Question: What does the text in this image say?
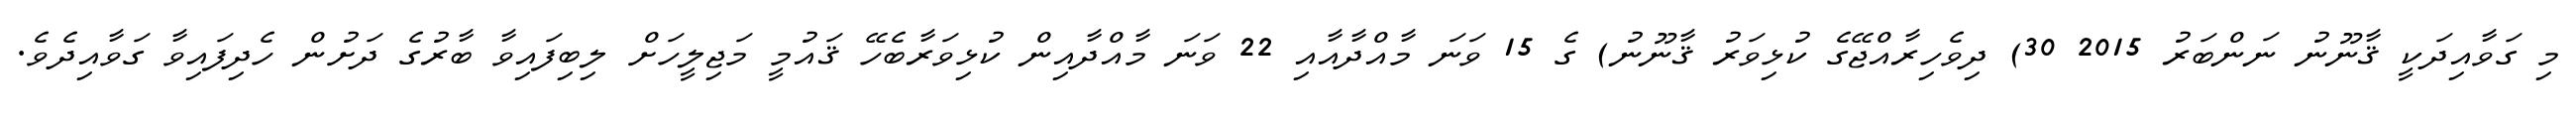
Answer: މި ގަވާއިދަކީ ޤާނޫނު ނަންބަރު 2015 30) ދިވެހިރާއްޖޭގެ ކުޅިވަރު ޤާނޫނު) ގެ 15 ވަނަ މާއްދާއާއި 22 ވަނަ މާއްދާއިން ކުޅިވަރާބެހޭ ޤައުމީ މަޖިލީހަށް ލިބިފައިވާ ބާރުގެ ދަށުން ހެދިފައިވާ ގަވާއިދެވެ.